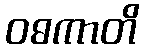
ဝဓကာတိ